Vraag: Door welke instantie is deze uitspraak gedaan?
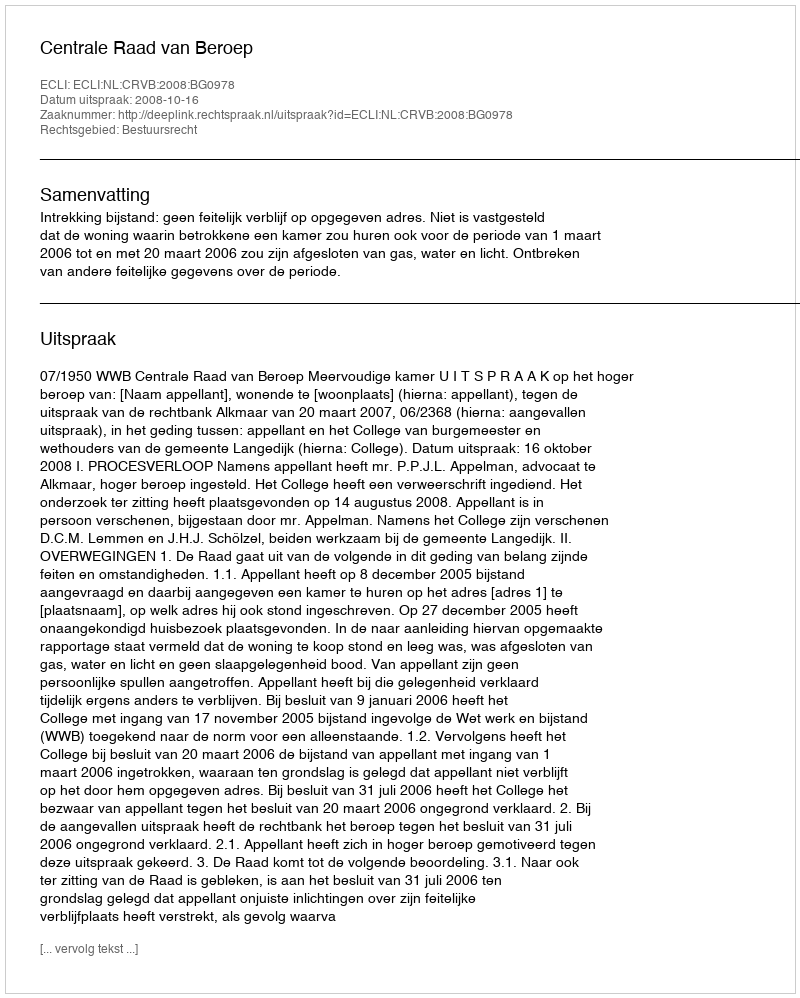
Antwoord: Centrale Raad van Beroep